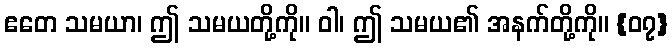
ဧတေ သမယာ၊ ဤ သမယတို့ကို။ ဝါ၊ ဤ သမယ၏ အနက်တို့ကို။ {၀၇}